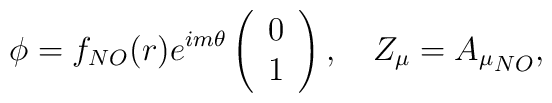
\phi = f_{NO}(r)e^{im\theta} \left( \begin{array}{c} 0 \\ 1 \end{array}\right),\quad Z_{\mu} = {A_{\mu}}_{NO},